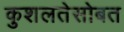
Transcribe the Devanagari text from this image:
कुशलतेसोबत